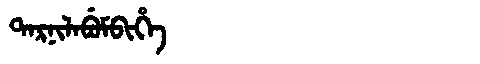
Manchu: ᡨᠠᡵᠨᡳᠯᠠᠪᡠᠮᠪᡳᡥᡝ
Romanization: TARNILABUMBIHE